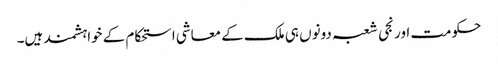
حکومت اور نجی شعبہ دونوں ہی ملک کے معاشی استحکام کے خواہشمند ہیں۔